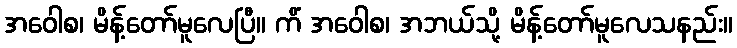
အဝေါစ၊ မိန့်တော်မူလေပြီ။ ကိံ အဝေါစ၊ အဘယ်သို့ မိန့်တော်မူလေသနည်း။